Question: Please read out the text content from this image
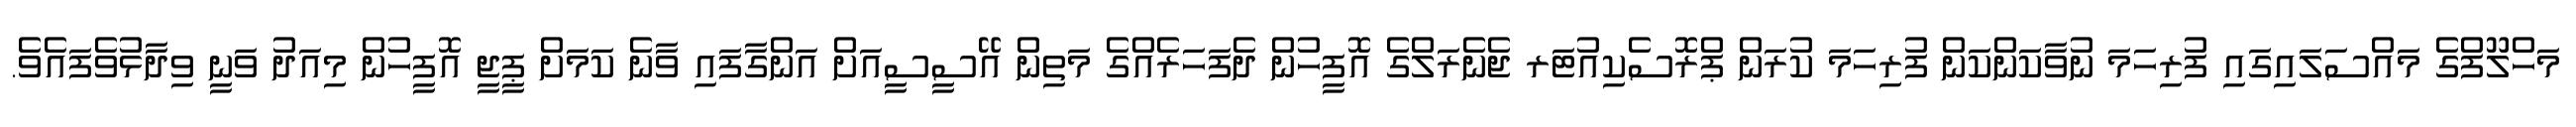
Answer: މަހްލޫފްގެ މައްސަލައިގައި ފުރިހަމަ ނުވާކަންކަން ފުރިހަމަ ކުރަން ޕްރޮސެކިއުޓަރ ޖެނެރަލްގެ އޮފީހުން ދެފަހަރެއްގެ މަތިން އޭސީސީއަށް އަންގާފައި ވާނެ ކަމަށް ޕީޖީ އޮފީހުން މިއަދު ވަނީ ވިދާޅުވެފައެވެ.